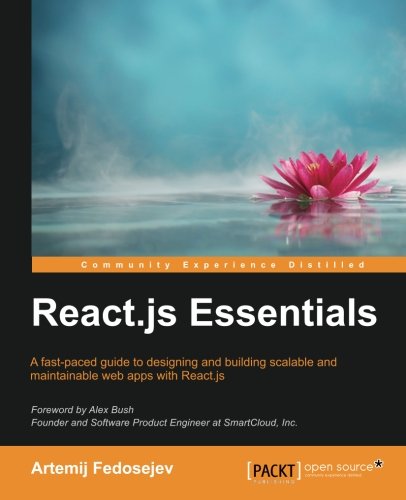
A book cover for React.js Essentials; Artemij Fedosejev; Computers & Technology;